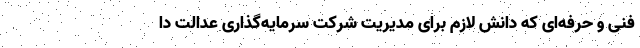
فنی و حرفه‌ای که دانش لازم برای مدیریت شرکت سرمایه‌گذاری عدالت دا